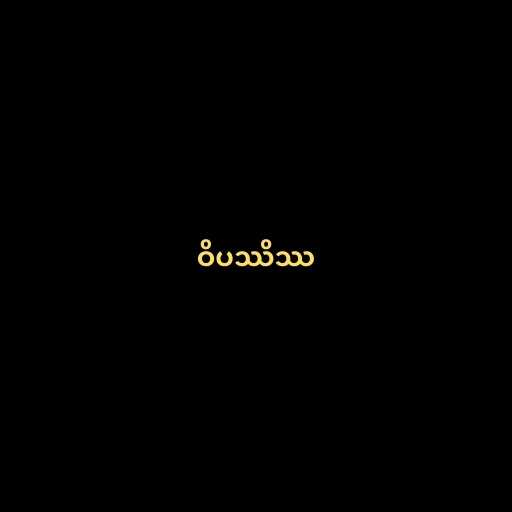
ဝိပဿိဿ